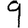
Digit: 9